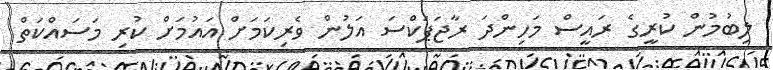
ލިބުމުން ކުރީގެ ރައީސް މަހިންދަ ރާޖަޕަކްސަ އަލުން ވެރިކަމަށް އައުމަށް ކުރި މަސައްކަތް